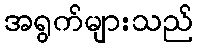
အရွက်များသည်